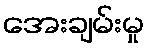
အေးချမ်းမှု